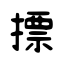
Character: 摽